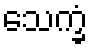
သေက္ခံ